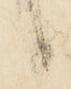
候